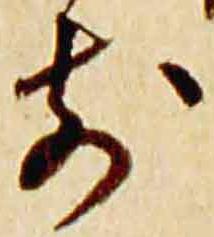
前